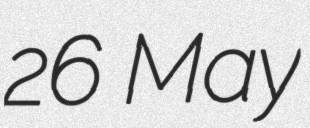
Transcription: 26 May